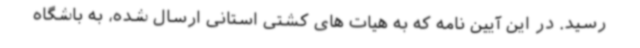
رسید. در این آیین نامه که به هیات های کشتی استانی ارسال شده، به باشگاه